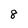
Character: 8